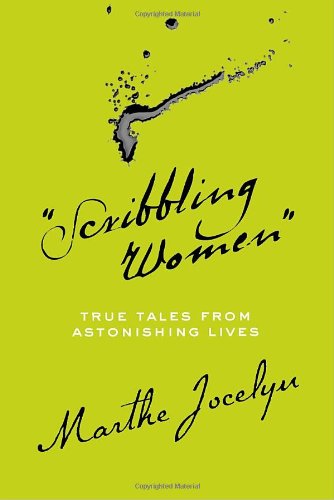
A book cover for "Scribbling Women": True Tales from Astonishing Lives; Marthe Jocelyn; Teen & Young Adult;